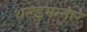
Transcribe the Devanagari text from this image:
थलइमन्‍नार